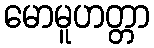
မောမူဟတ္တာ